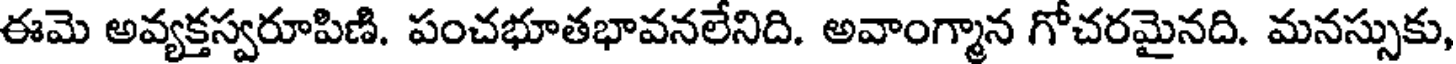
ఈమె అవ్యక్తస్వరూపిణి. పంచభూతభావనలేనిది. అవాంగ్మాన గోచరమైనది. మనస్సుకు,